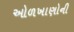
ઓળખાણોની